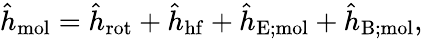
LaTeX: \hat{h}_{\mathrm{mol}}=\hat{h}_{\mathrm{rot}}+\hat{h}_{\mathrm{hf}}+\hat{h}_{\mathrm{E;mol}}+\hat{h}_{\mathrm{B;mol}},